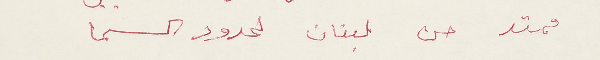
ممتد من لبنان لحدود السما